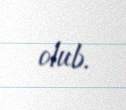
olub.